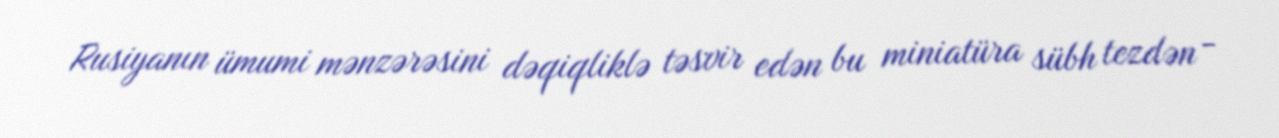
Rusiyanın ümumi mənzərəsini dəqiqliklə təsvir edən bu miniatüra sübh tezdən -